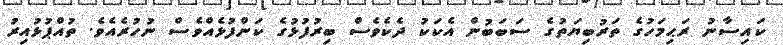
ކައިސާނު ރަޙިމަހުގެ ތަރުބިޔަތުގެ ސަބަބުން އެކަކު ދެކެވެސް ބިރުފުޅުގެ ކަންފުޅެއްވެސް ނުހުރެއެވެ. ތުއްޕުޅުއިރު